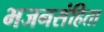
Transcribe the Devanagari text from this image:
भजनसंहिता